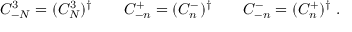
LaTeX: C _ { - N } ^ { 3 } = ( C _ { N } ^ { 3 } ) ^ { \dagger } \qquad C _ { - n } ^ { + } = ( C _ { n } ^ { - } ) ^ { \dagger } \qquad C _ { - n } ^ { - } = ( C _ { n } ^ { + } ) ^ { \dagger } \; .